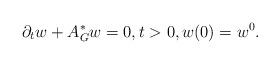
LaTeX: \begin{align*}\partial_t w +A_G^* w =0,t>0,w(0)=w^0.\end{align*}